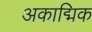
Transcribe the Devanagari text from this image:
अकाद्मिक